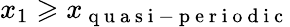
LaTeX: x_{1}\geqslant x_{\mathrm{~q~u~a~s~i~-~p~e~r~i~o~d~i~c~}}